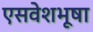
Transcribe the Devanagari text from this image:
एसवेशभूषा